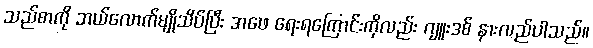
သည်စာကို ဘယ်လောက်မျိုသိပ်ပြီး အဖေ ရေးရကြောင်းကိုလည်း ဂျူးဒစ် နားလည်ပါသည်။